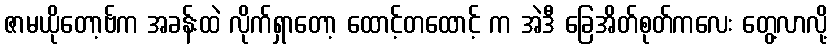
ဇာမယိုတော့ဗ်က အခန်းထဲ လိုက်ရှာတော့ ထောင့်တထောင့် က အဲဒီ ခြေအိတ်စုတ်ကလေး တွေ့လာလို့